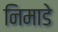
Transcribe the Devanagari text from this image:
निमाडे